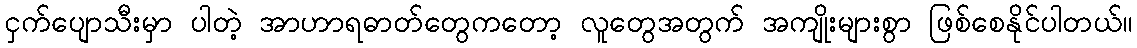
ငှက်ပျောသီးမှာ ပါတဲ့ အာဟာရဓာတ်တွေကတော့ လူတွေအတွက် အကျိုးများစွာ ဖြစ်စေနိုင်ပါတယ်။